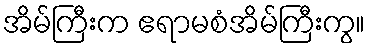
အိမ်ကြီးက ဧရာမစံအိမ်ကြီးကွ။